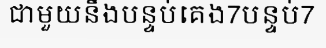
ជាមួយនឹងបន្ទប់គេង7បន្ទប់7